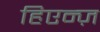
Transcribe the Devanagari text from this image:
हिएन्ज़